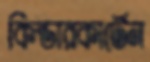
কিন্ডারকার্টেন